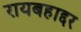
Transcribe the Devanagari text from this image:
रायबहाद्दर